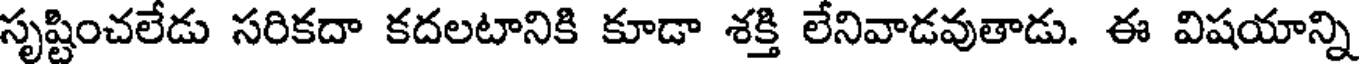
సృష్టించలేడు సరికదా కదలటానికి కూడా శక్తి లేనివాడవుతాడు. ఈ విషయాన్ని